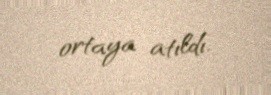
ortaya atıldı.